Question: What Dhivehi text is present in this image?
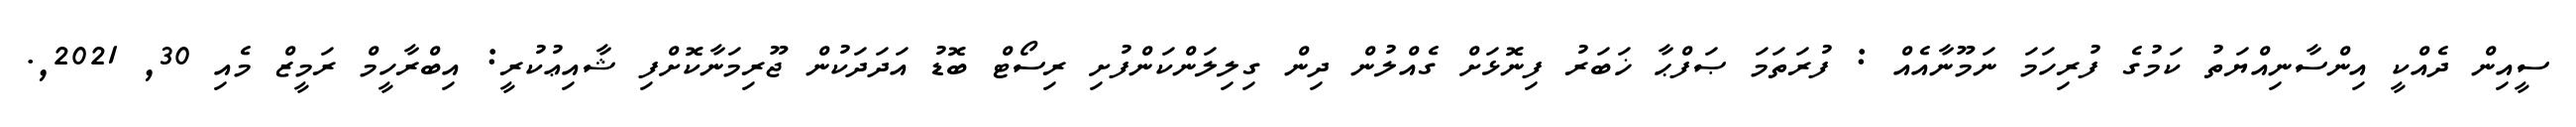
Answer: ސީއިން ދެއްކީ އިންސާނިއްޔަތު ކަމުގެ ފުރިހަމަ ނަމޫނާއެއް : ފުރަތަމަ ޞަފްޙާ ޚަބަރު ފިނޮޅަށް ގެއްލުން ދިން ގިލިލަންކަންފުށި ރިސޯޓް ބޮޑު އަދަދަކުން ޖޫރިމަނާކޮށްފި ޝާއިޢުކުރީ: އިބްރާހީމް ރަމީޒް މެއި 30, 2021,.